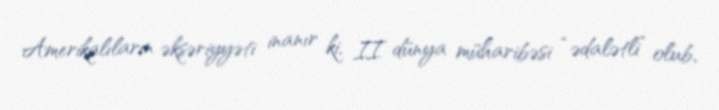
Amerikalıların əksəriyyəti inanır ki, II dünya müharibəsi “ədalətli” olub,